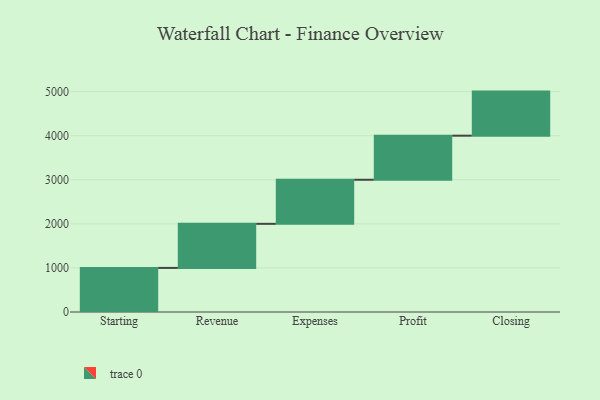
{"axis": {"x": "Step", "y": "Value"}, "legend": [""], "data": [{"x": "Starting", "y": 1000, "type": ""}, {"x": "Revenue", "y": 1000, "type": ""}, {"x": "Expenses", "y": 1000, "type": ""}, {"x": "Profit", "y": 1000, "type": ""}, {"x": "Closing", "y": 1000, "type": ""}]}